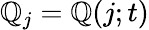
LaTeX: \mathbb{Q}_{j}=\mathbb{Q}(j;t)